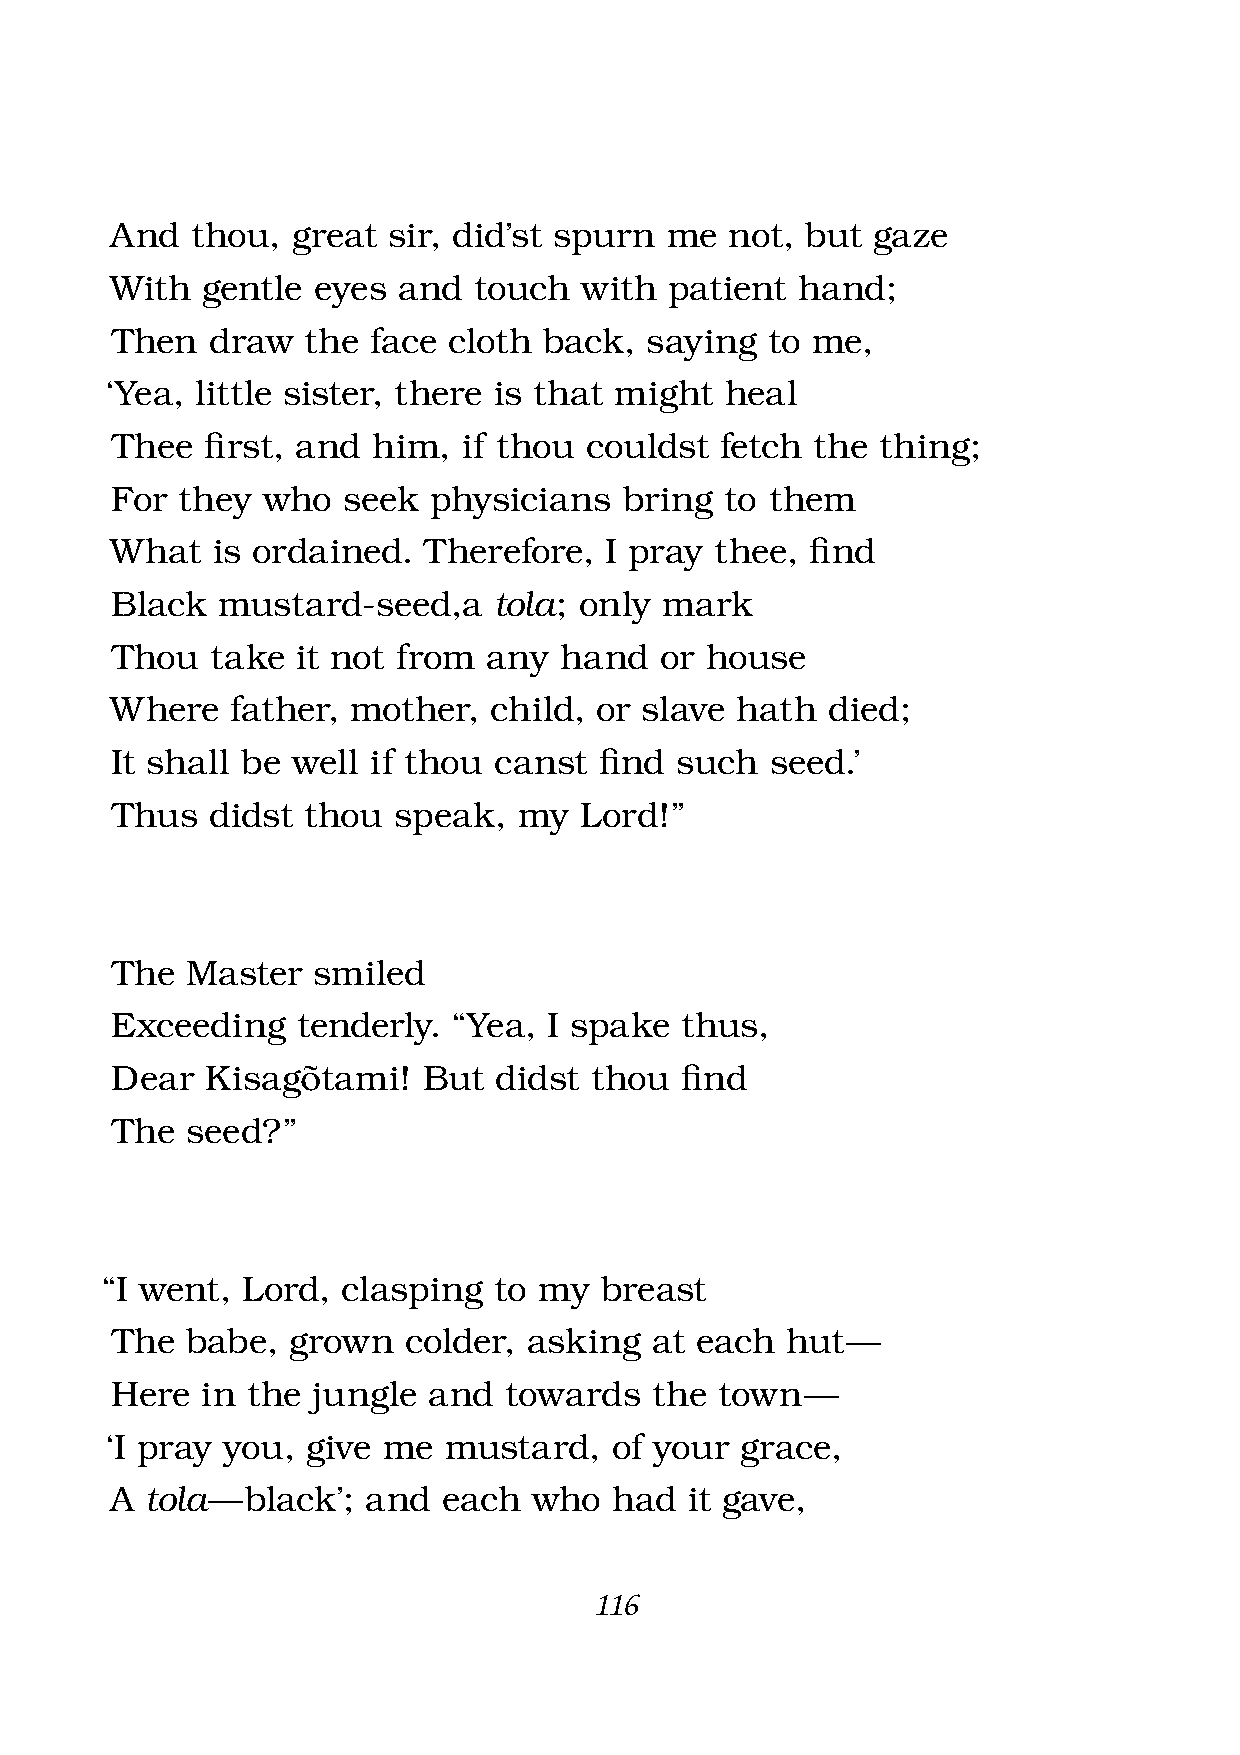
And   thou, great  sir, did’st spurn me  not, but  gaze
 With  gentle  eyes and  touch  with  patient  hand;
 Then   draw  the face  cloth back,  saying  to me,
 ‘Yea, little sister, there is that might heal
 Thee   fi rst, and him, if thou couldst  fetch the thing;
 For  they who   seek  physicians  bring  to them
 What   is ordained.  Therefore,  I pray thee,  fi nd
 Black  mustard-seed,a     tola; only mark
 Thou   take  it not from any  hand   or house
 Where   father, mother,  child, or slave  hath  died;
 It shall be well  if thou canst  fi nd such seed.’
 Thus   didst thou  speak,  my  Lord!”
 The  Master   smiled
 Exceeding    tenderly. “Yea, I spake  thus,
 Dear   Kisagõtami!   But  didst thou  fi nd
 The  seed?”
 “I went, Lord,  clasping  to my  breast
 The  babe,  grown   colder, asking  at each  hut —
 Here  in the  jungle and  towards   the  town —
 ‘I pray you, give me  mustard,   of your  grace,
 A  tola — black’; and each  who   had  it gave,
 116